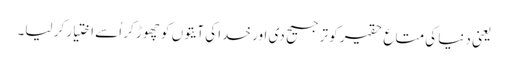
یعنی دنیا کی متاع حقیر کو ترجیح دی اور خدا کی آیتوں کو چھوڑ کر اُسے اختیار کر لیا۔